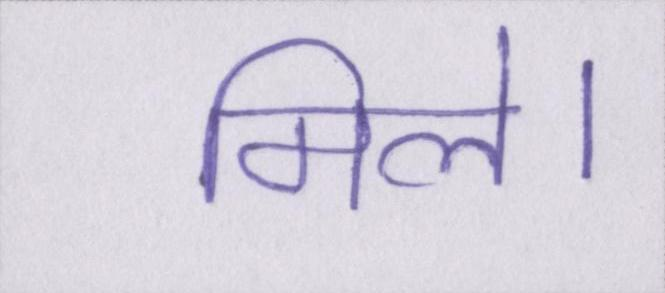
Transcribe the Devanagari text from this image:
मिले।